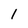
Character: 1